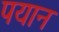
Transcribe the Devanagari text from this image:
पयान